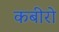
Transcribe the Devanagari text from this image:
कबीरो